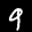
Label: 9